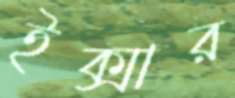
ইক্সার